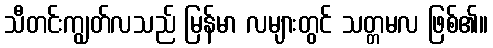
သီတင်းကျွတ်လသည် မြန်မာ လများတွင် သတ္တမလ ဖြစ်၏။